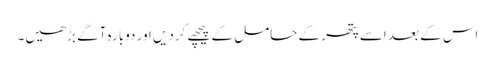
اس کے بعد اسے پتھر کے حامل کے پیچھے کردیں اور دوبارہ آگے بڑھیں۔